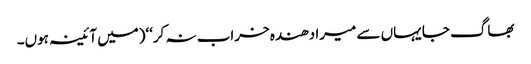
بھاگ جا یہاں سے میرا دھندہ خراب نہ کر‘‘(میں آئینہ ہوں۔